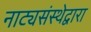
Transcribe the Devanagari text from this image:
नाट्यसंस्थेद्वारा